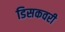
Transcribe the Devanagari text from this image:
डिसकवरी